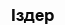
Іздер